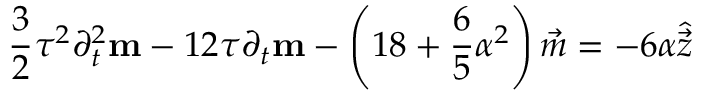
\frac { 3 } { 2 } \tau ^ { 2 } \partial _ { t } ^ { 2 } \mathbf { m } - 1 2 \tau \partial _ { t } \mathbf { m } - \left( 1 8 + \frac { 6 } { 5 } \alpha ^ { 2 } \right) \vec { m } = - 6 \alpha \hat { \vec { z } }